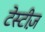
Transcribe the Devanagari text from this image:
टेस्टीज़